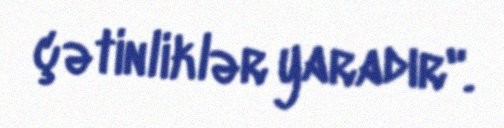
çətinliklər yaradır".